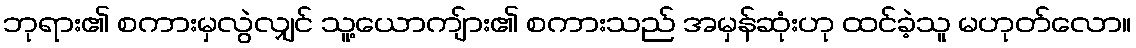
ဘုရား၏ စကားမှလွဲလျှင် သူ့ယောကျ်ား၏ စကားသည် အမှန်ဆုံးဟု ထင်ခဲ့သူ မဟုတ်လော။